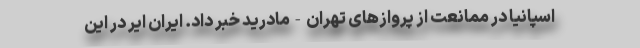
اسپانیا در ممانعت از پروازهای تهران-مادرید خبر داد. ایران ایر در این